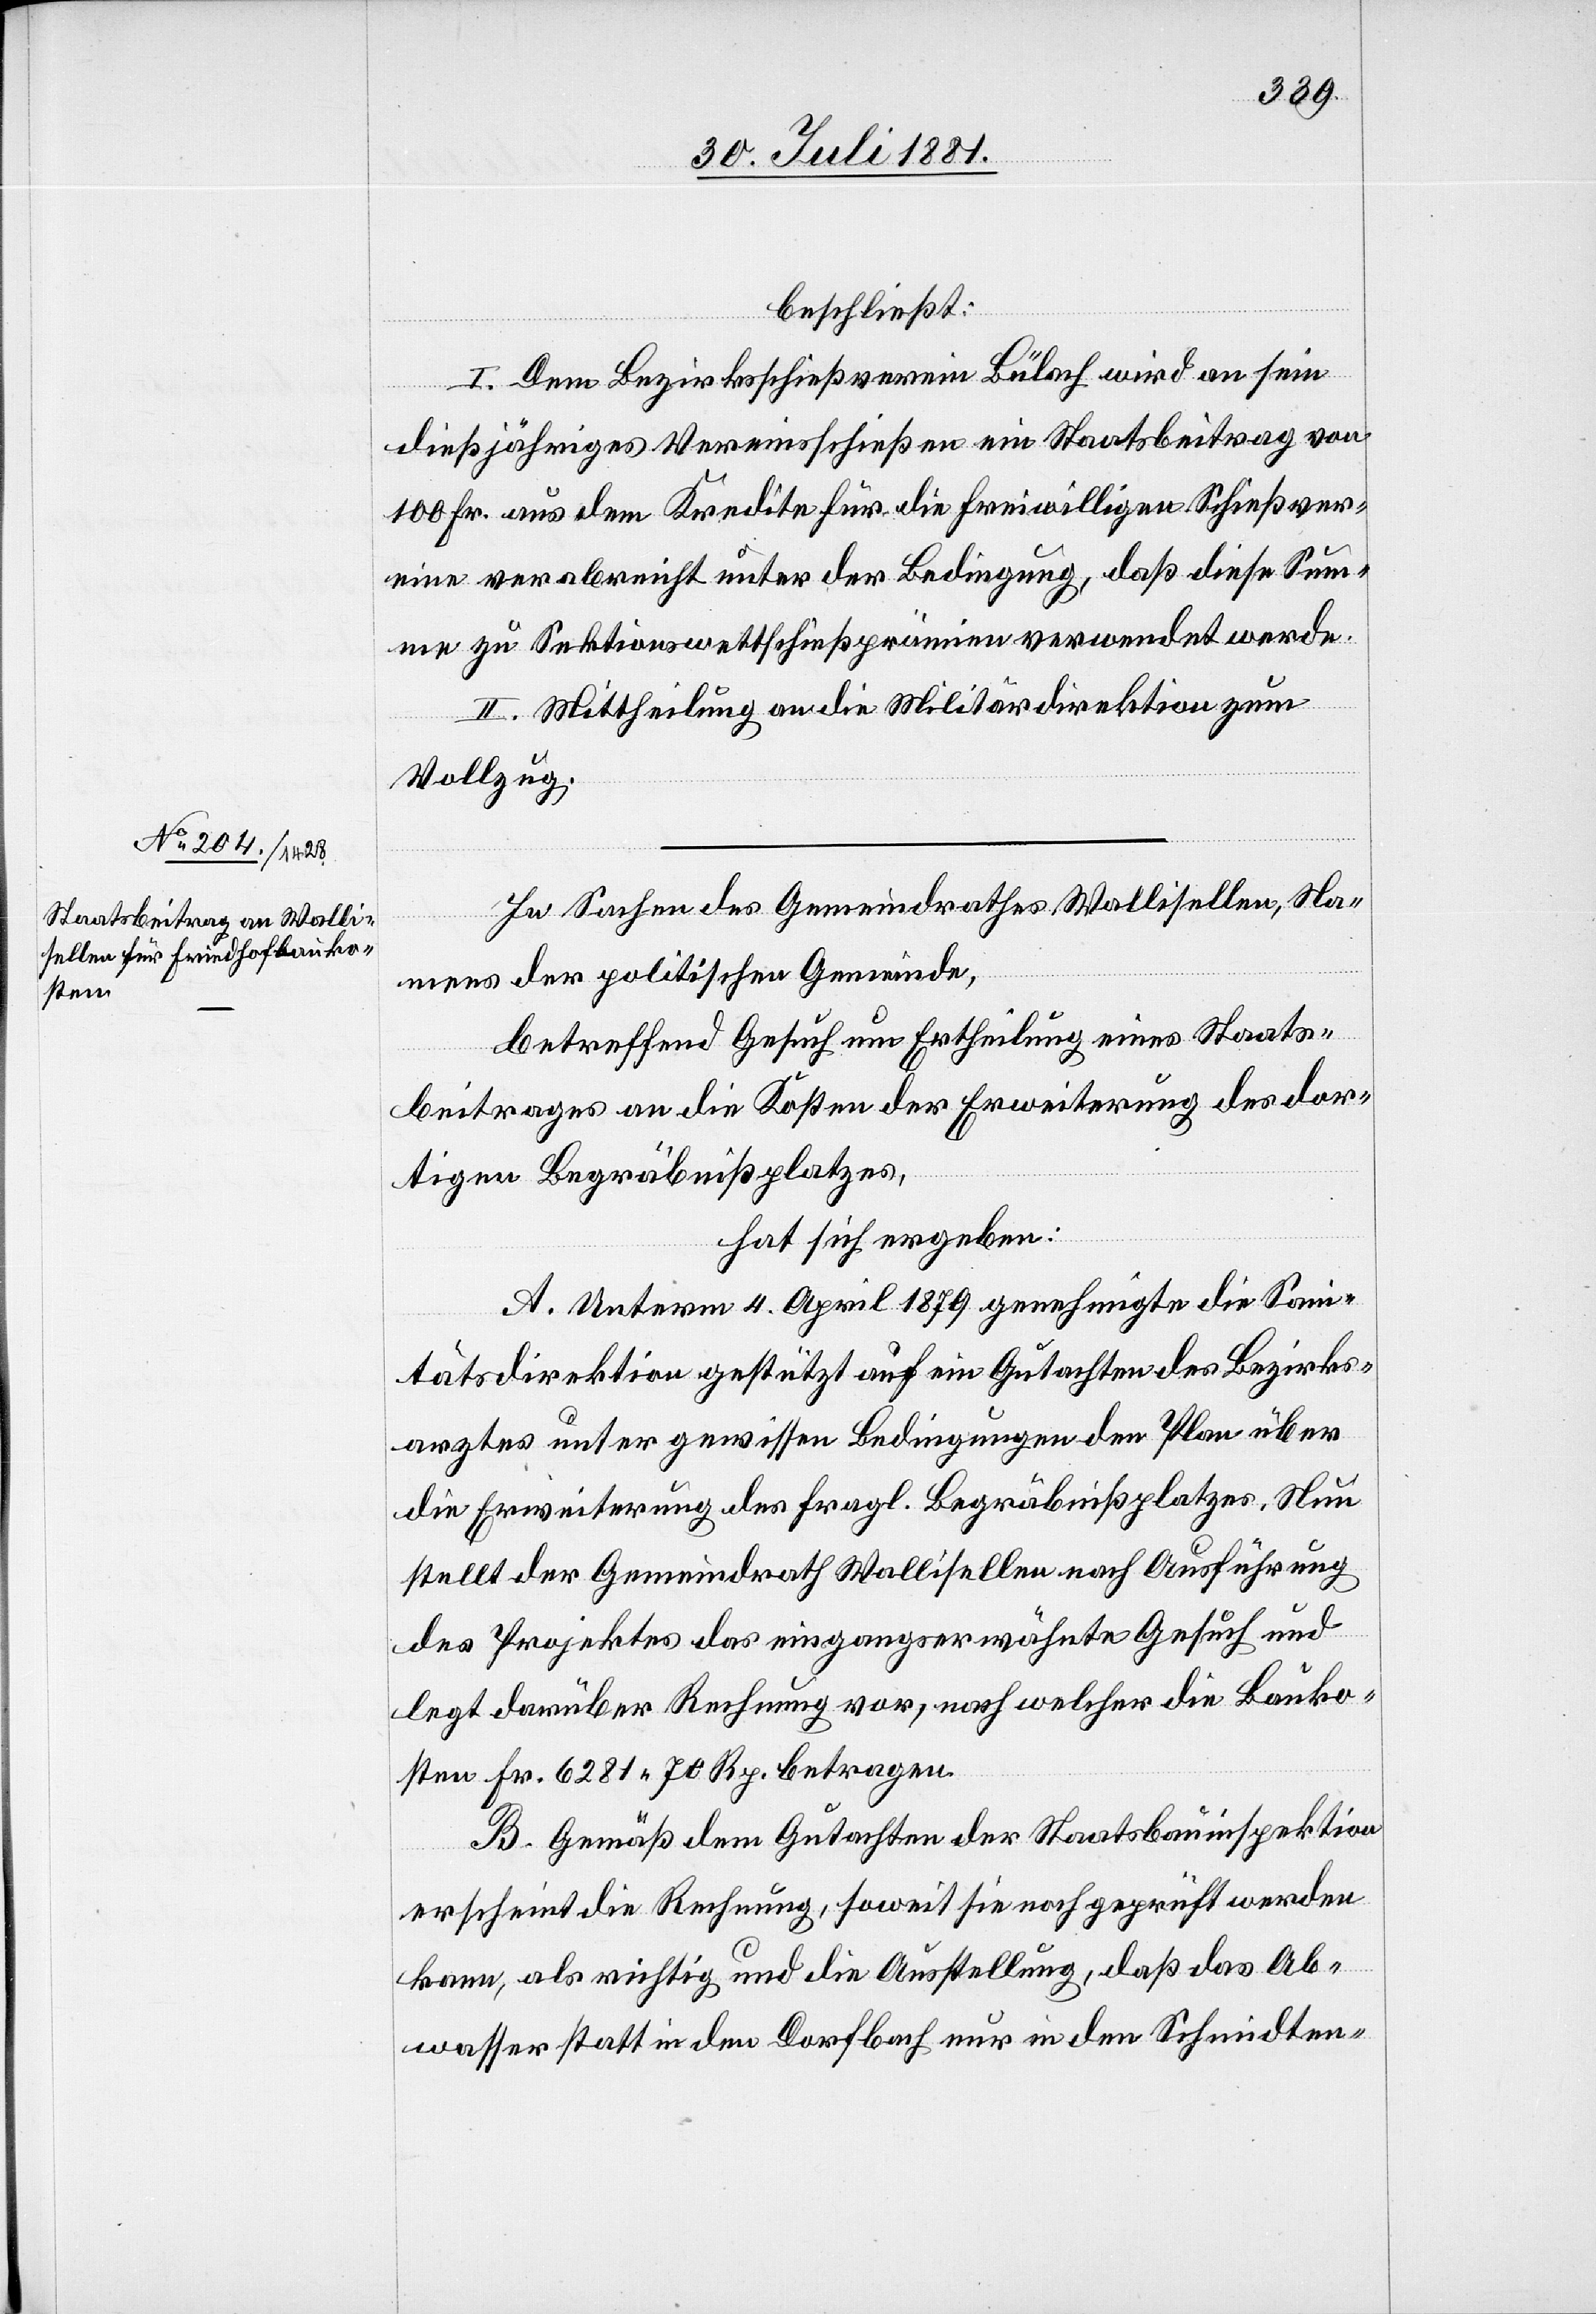
beschließt:
I. Dem Bezirksschießverein Bülach wird an sein
dießjähriges Vereinsschießen ein Staatsbeitrag von
100 Fr. aus dem Kredite für die freiwilligen Schießver¬
eine verabreicht unter der Bedingung, daß diese Sum¬
me zu Sektionswettschießprämien verwendet werde.
II. Mittheilung an die Militärdirektion zum
Vollzug.
In Sachen des Gemeindrathes Wallisellen, Na¬
mens der politischen Gemeinde,
betreffend Gesuch um Ertheilung eines Staats¬
beitrages an die Kosten der Erweiterung des dor¬
tigen Begräbnißplatzes,
hat sich ergeben:
A. Unterm 4. April 1879 genehmigte die San¬
itätsdirektion gestützt auf ein Gutachten des Bezirks¬
arztes unter gewissen Bedingungen den Plan über
die Erweiterung des fragl. Begräbnißplatzes. Neu
stellt der Gemeindrath Wallisellen nach Ausführung
des Projektes das eingangs erwähnte Gesuch und
legt darüber Rechnung vor, nach welcher die Bauko¬
sten Fr. 6281 70 Rp. betragen.
B. Gemäß dem Gutachten der Staatsbauinspektion
erscheint die Rechnung, soweit sie nachgeprüft werden
kann, als richtig und die Ausstellung, daß das Ab¬
wasser statt in den Dorfbach nur in den Schmidten-